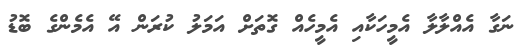
ނަގާ އެއްލާލާ އެމީހަކާއި އެމީހެއް ގޮތަށް އަމަލު ކުރަން އޭ އެމެންގެ ބޮޑު